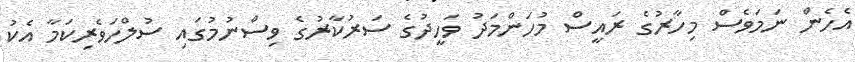
އެހެން ނަމަވެސް މިހާރުގެ ރައީސް މުހަންމަދު ވަހީދުގެ ސަރުކާރުގެ ވިސްނުމުގައި ސުލްހަވެރިކަމާ އެކު